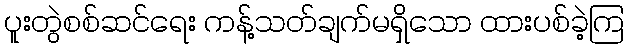
ပူးတွဲစစ်ဆင်ရေး ကန့်သတ်ချက်မရှိသော ထားပစ်ခဲ့ကြ